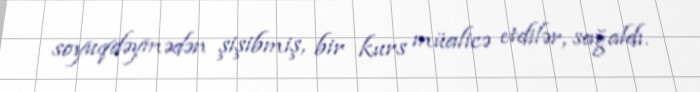
soyuqdəymədən şişibmiş, bir kurs müalicə etdilər, sağaldı.